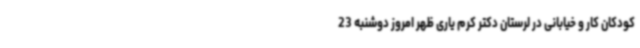
کودکان کار و خیابانی در لرستان دکتر کرم یاری ظهر امروز دوشنبه 23